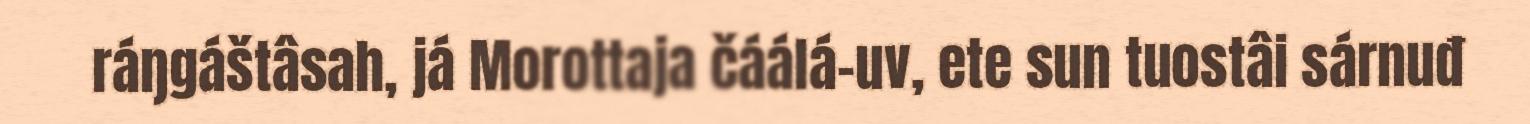
ráŋgáštâsah, já Morottaja čáálá-uv, ete sun tuostâi sárnuđ